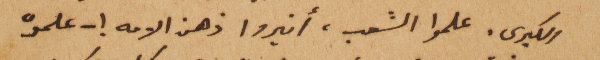
الكبرى. علموا الشعب، أنيروا ذهن الامه ! – علموه